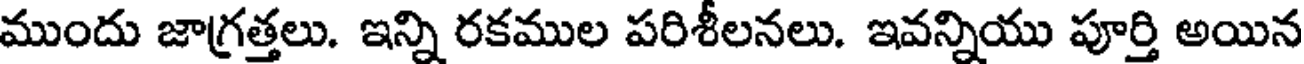
ముందు జాగ్రత్తలు. ఇన్ని రకముల పరిశీలనలు. ఇవన్నియు పూర్తి అయిన